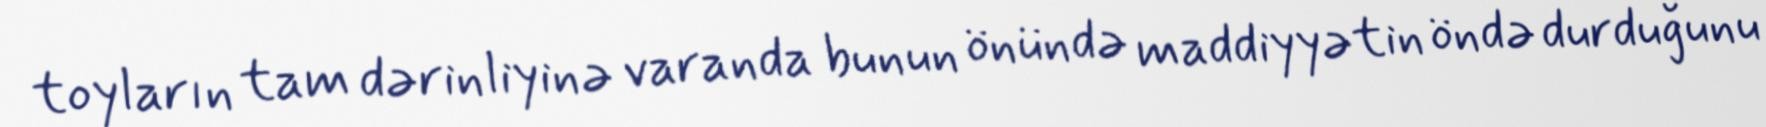
toyların tam dərinliyinə varanda bunun önündə maddiyyətin öndə durduğunu